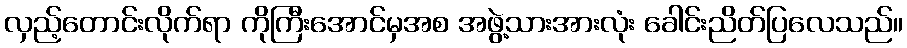
လှည့်တောင်းလိုက်ရာ ကိုကြီးအောင်မှအစ အဖွဲ့သားအားလုံး ခေါင်းညိတ်ပြလေသည်။